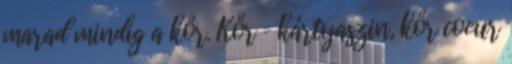
marad mindig a kőr. Kőr = kártyaszin, kőr coeur